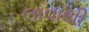
લાવાથી